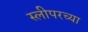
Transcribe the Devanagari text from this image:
स्लीपरच्या